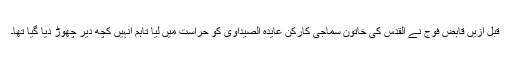
قبل ازیں قابض فوج نے القدس کی خاتون سماجی کارکن عایدہ الصیداوی کو حراست میں لیا تاہم انہیں کچھ دیر چھوڑ دیا گیا تھا۔